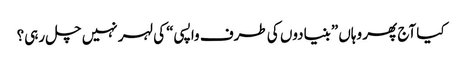
کیا آج پھر وہاں ”بنیادوں کی طرف واپسی“ کی لہر نہیں چل رہی؟